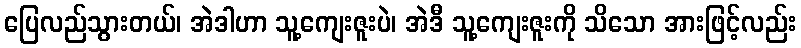
ပြေလည်သွားတယ်၊ အဲဒါဟာ သူ့ကျေးဇူးပဲ၊ အဲဒီ သူ့ကျေးဇူးကို သိသော အားဖြင့်လည်း